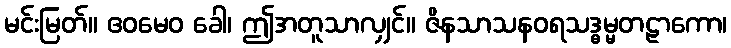
မင်းမြတ်။ ဧဝမေဝ ခေါ၊ ဤအတူသာလျှင်။ ဇိနသာသနဝရသဒ္ဓမ္မတဠာကော၊